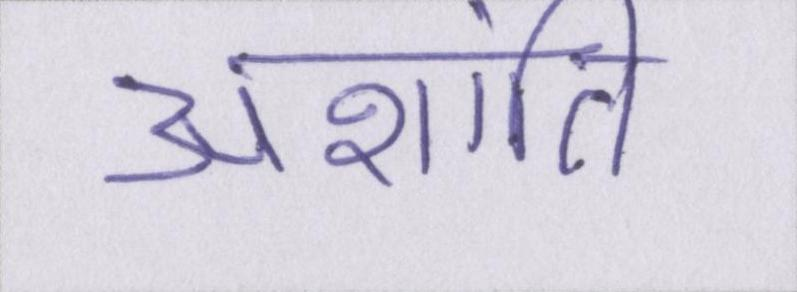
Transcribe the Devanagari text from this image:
अशांति